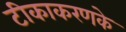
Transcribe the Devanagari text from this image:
टीकाकरणके